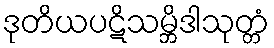
ဒုတိယပဋိသမ္ဘိဒါသုတ္တံ